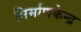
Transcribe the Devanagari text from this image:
निर्माणकेन्द्र